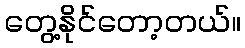
တွေ့နိုင်တော့တယ်။